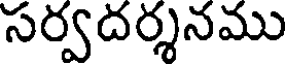
సర్వదర్శనము